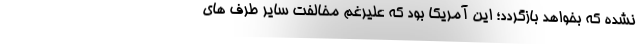
نشده که بخواهد بازگردد؛ این آمریکا بود که علیرغم مخالفت سایر طرف های